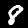
Label: 8